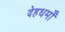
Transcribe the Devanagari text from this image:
देहधर्मों